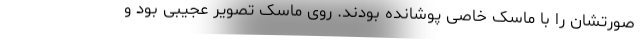
صورتشان را با ماسک خاصی پوشانده بودند. روی ماسک تصویر عجیبی بود و